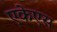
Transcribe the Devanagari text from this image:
एकेएस